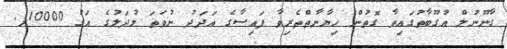
ގާނޫނުލް އުގޫބާތުގައިވާ ގޮތުން ހިޔާނާތްތެރިވާ ފައިސާގެ އަދަދު ނުވަތަ މުދަލުގެ އަގު 10000ރ.